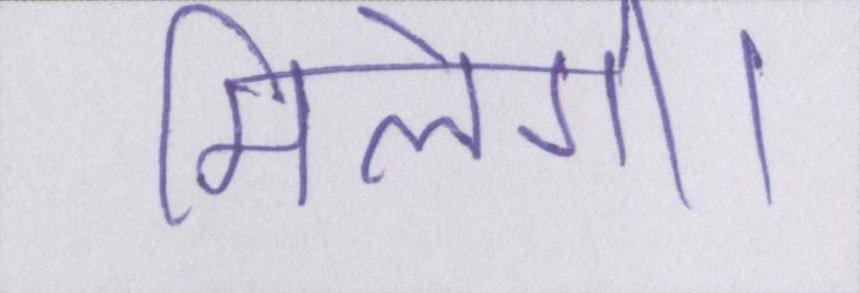
मिलेगी।